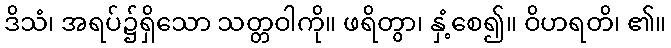
ဒိသံ၊ အရပ်၌ရှိသော သတ္တဝါကို။ ဖရိတွာ၊ နှံ့စေ၍။ ဝိဟရတိ၊ ၏။